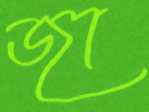
জা